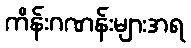
ကိန်းဂဏန်းများအရ